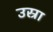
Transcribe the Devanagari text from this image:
उस्रा